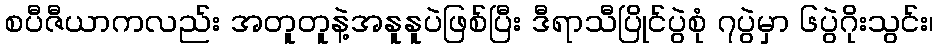
စပီဇီယာကလည်း အတူတူနဲ့အနူနူပဲဖြစ်ပြီး ဒီရာသီပြိုင်ပွဲစုံ ၇ပွဲမှာ ၆ပွဲဂိုးသွင်း၊